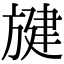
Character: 旔